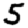
Digit: 5